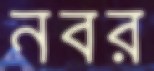
নবর